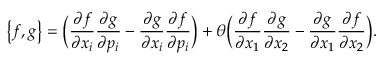
\big \{ f , g \big \} = \Big ( \frac { \partial f } { \partial x _ { i } } \frac { \partial g } { \partial p _ { i } } - \frac { \partial g } { \partial x _ { i } } \frac { \partial f } { \partial p _ { i } } \Big ) + \theta \Big ( \frac { \partial f } { \partial x _ { 1 } } \frac { \partial g } { \partial x _ { 2 } } - \frac { \partial g } { \partial x _ { 1 } } \frac { \partial f } { \partial x _ { 2 } } \Big ) .